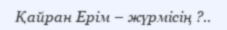
Қайран Ерім – жүрмісің ?..